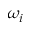
\omega _ { i }